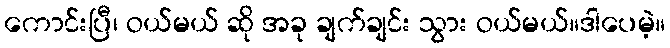
ကောင်းပြီ၊ ဝယ်မယ် ဆို အခု ချက်ချင်း သွား ဝယ်မယ်။ဒါပေမဲ့။